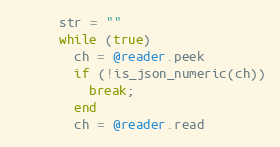
Language: Ruby
      str = ""
      while (true)
        ch = @reader.peek
        if (!is_json_numeric(ch))
          break;
        end
        ch = @reader.read